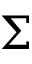
\Sigma